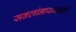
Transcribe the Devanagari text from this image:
सकलांनायजननी